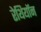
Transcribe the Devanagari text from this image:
रेथियॉन